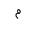
Letter: _mim